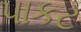
પાકટ